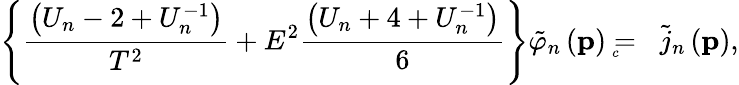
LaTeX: \left\{ \frac{\left(U_{n}-2+U_{n}^{-1}\right)}{T^{2}}+E^{2}\frac{\left(U_{n}+4+U_{n}^{-1}\right)}6\right\} \tilde{\varphi}_{n}\left(\mathbf{p}\right)={}_{{}_{\! \! \! \! \! \! \! c}}\; \, \tilde{j}_{n}\left(\mathbf{p}\right),